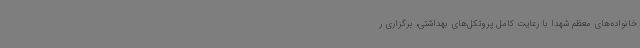
خانواده‌های معظم شهدا با رعایت کامل پروتکل‌های بهداشتی، برگزاری ر